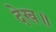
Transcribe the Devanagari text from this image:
देख॥